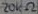
Text: 20KΩ